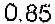
0.85